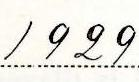
1929